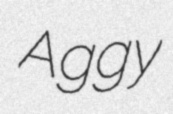
Aggy